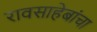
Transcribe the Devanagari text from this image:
रावसाहेबांचा